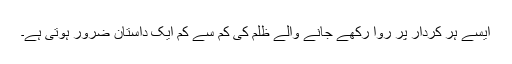
ایسے ہر کردار پر روا رکھے جانے والے ظلم کی کم سے کم ایک داستان ضرور ہوتی ہے۔